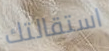
استقالتك